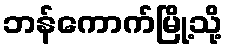
ဘန်ကောက်မြို့သို့